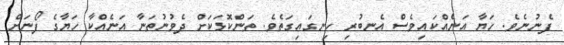
ފެނުނެވެ. ހަޔާ އަނެއްކައިވެސް އެނބުރި ހިނގައިގަތެވެ. ތަންކޮޅަކަށް ދެވުނުތަނާ އަނެއްކާ ހަޔާގެ ފޯނަށް